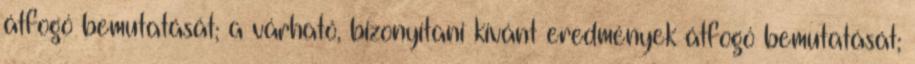
átfogó bemutatását; a várható, bizonyítani kívánt eredmények átfogó bemutatását;